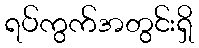
ရပ်ကွက်အတွင်းရှိ